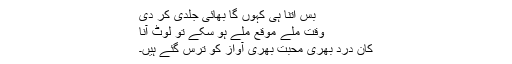
بس اتنا ہی کہوں گا بھائی جلدی کر دی
وقت ملے موقع ملے ہو سکے تو لوٹ آنا
کان درد بھری محبت بھری آواز کو ترس گئے ہیں۔